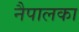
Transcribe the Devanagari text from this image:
नैपालका